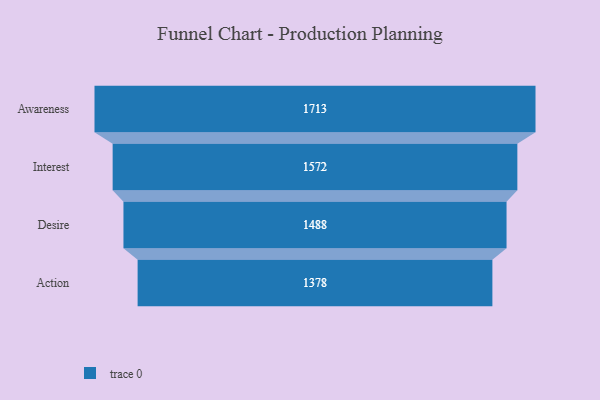
{"axis": {"x": "Stage", "y": "Value"}, "legend": [""], "data": [{"x": "Awareness", "y": 1713.0, "type": ""}, {"x": "Interest", "y": 1572.0, "type": ""}, {"x": "Desire", "y": 1488.0, "type": ""}, {"x": "Action", "y": 1378.0, "type": ""}]}